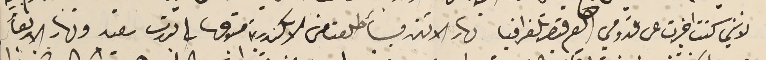
لانني كنت اخبرت عن قدومي العم قيصر تلغرافيا نهار الاثنىن فأطلعت من الاسكندرية متوجها الى بورت سَعيد ونهار الاربعأ